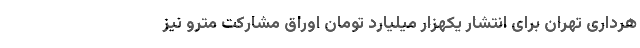
هرداری تهران برای انتشار یکهزار میلیارد تومان اوراق مشارکت مترو نیز